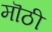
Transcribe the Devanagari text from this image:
मॊठी